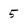
Character: 5